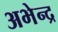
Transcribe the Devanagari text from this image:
अभेन्द्र